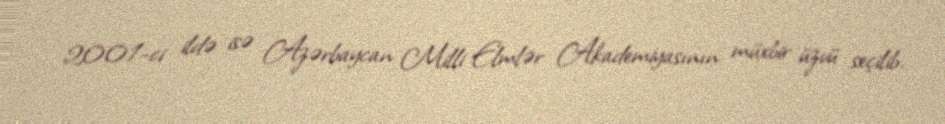
2001-ci ildə isə Azərbaycan Milli Elmlər Akademiyasının müxbir üzvü seçilib.